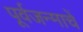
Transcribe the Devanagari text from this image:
पूर्वजन्माचें